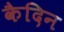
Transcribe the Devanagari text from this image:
कैदिन